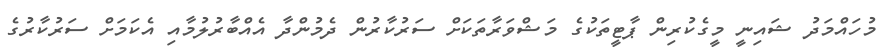
މުހައްމަދު ޝައިނީ މީގެކުރިން ޕާޓީތަކުގެ މަޝްވަރާތަކަށް ސަރުކާރުން ދެމުންދާ އެއްބާރުލުމާއި އެކަމަށް ސަރުކާރުގެ